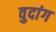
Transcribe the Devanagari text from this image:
वुदांग